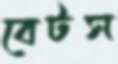
বেটস